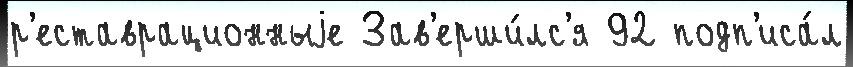
р'еставрационныjе Зав'ерши́лс'я 92 подп'иса́л